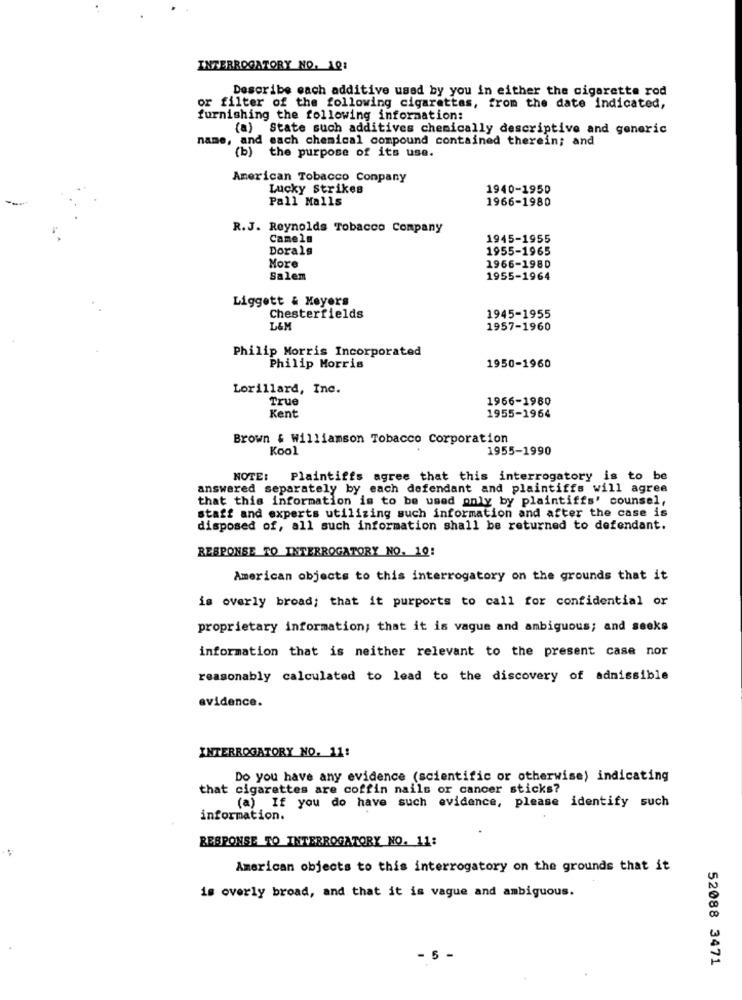
INTERROGATORY NO. 10:
Describe each additive used by you in either the cigarette rod
or filter of the following cigarettes, from the date indicated,
furnishing the following information:
(a) State such additives chemically descriptive and generic
name, and each chemical compound contained therein; and
(b) the purpose of its use.
American Tobacco Conpany
Lucky Strikes
1940-1950
Pall Malls
1966-1980
R.J. Reynolds Tobacco Company
Camels
1945-1955
Dorals
1955-1965
More
1966-1980
Salem
1955-1964
Liggett & Meyers
Chesterfields
1945-1955
L&M
1957-1960
Philip Morris Incorporated
Philip Morris
1950-1960
Lorillard, Inc.
True
1966-1980
Kent
1955-1964
Brown # williamson Tobacco Corporation
Kool
1955-1990
NOTE:
Plaintiffs agree that this interrogatory is to be
answered separately by each defendant and plaintiffs will agree
that this information is to be used only by plaintiffs' counsel,
staff and experts utilizing such information and after the case is
disposed of, all such information shall be returned to defendant.
RESPONSE TO INTERROGATORY NO. 10:
American objects to this interrogatory on the grounds that it
is overly broad; that it purports to call for confidential or
proprietary information; that it is vague and ambiguous; and seeks
information that is neither relevant to the present case nor
reasonably calculated to lead to the discovery of admissible
evidence.
INTERROGATORY NO. 11:
Do you have any evidence (scientific or otherwise) indicating
that cigarettes are coffin nails or cancer sticks?
(a) If you do have such evidence, please identify such
information.
RESPONSE TO INTERROGATORY NO. 11:
American objects to this interrogatory on the grounds that it
is overly broad, and that it is vague and ambiguous.
5
52088 3471